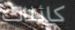
كائنات